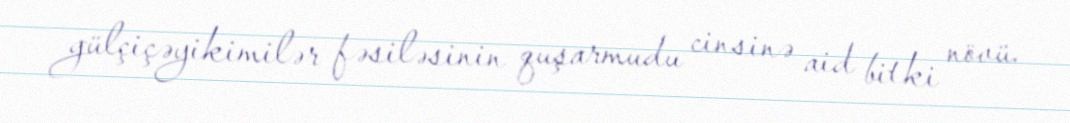
gülçiçəyikimilər fəsiləsinin quşarmudu cinsinə aid bitki növü.